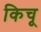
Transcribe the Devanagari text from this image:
किचू